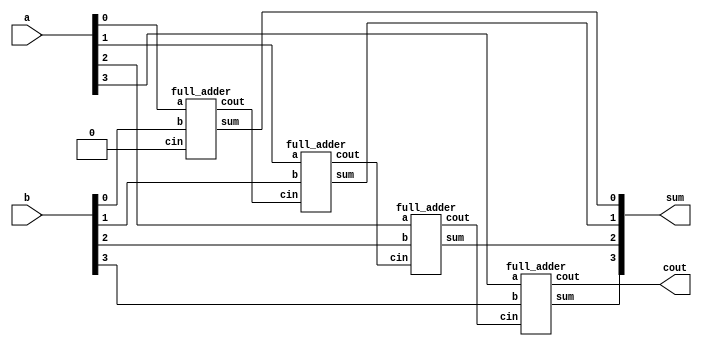
module ripple_adder(sum,cout,a,b);
input [3:0] a,b;
output [3:0] sum;
output cout;

wire w1,w2,w3;

full_adder u1(sum[0], w1, a[0], b[0], 1'b0);
full_adder u2(sum[1], w2, a[1], b[1], w1);                
full_adder u3(sum[2], w3, a[2], b[2], w2);
full_adder u4(sum[3], cout, a[3], b[3], w3);

endmodule

module full_adder(sum,cout,a,b,cin);

input a,b,cin;
output sum,cout;

assign sum = a^b^cin;
assign cout = (a & b)|(b & cin)|(cin & a);

endmodule